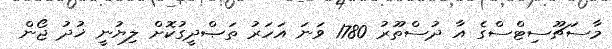
މާސަޗޫސިޓްސްގެ އާ ދުސްތޫރު 1780 ވަނަ އަހަރު ތަޞްދީގުކޮށް ލިޔުނީ ޚުދު ޖޯން